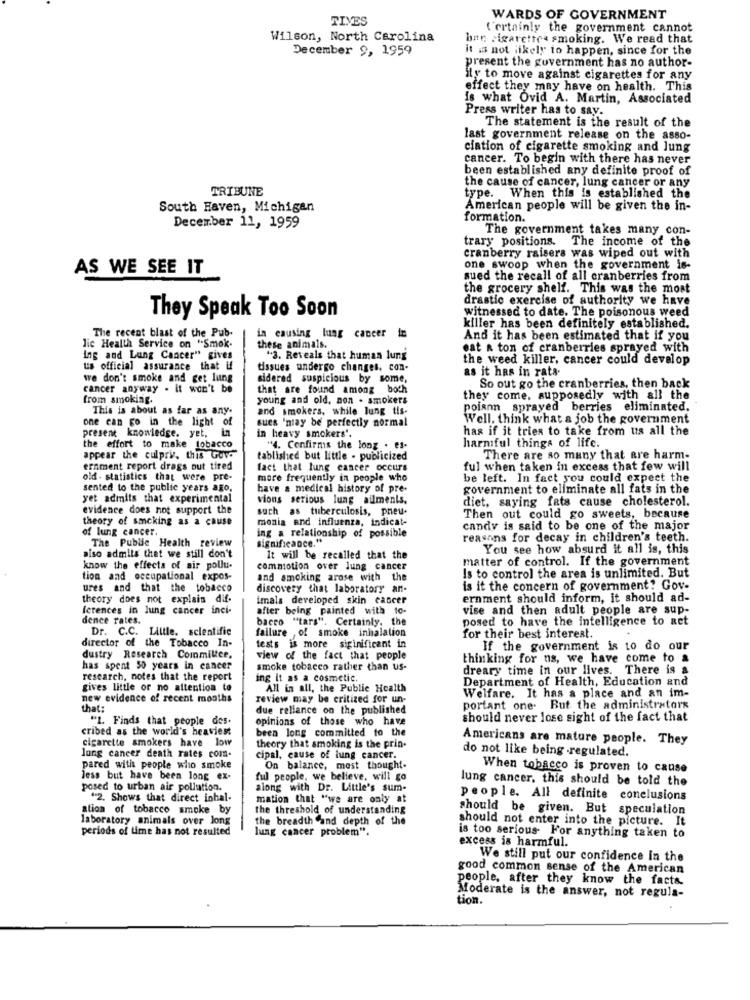
TIVES
WARDS OF GOVERNMENT
Certainly the government cannot
Wilson, North Carolina
bar cigarette smoking. We read that
December 9, 1959
it is not likely to happen, since for the
present the government has no author-
ity to move against cigarettes for any
effect they may have on health. This
is what Ovid A. Martin, Associated
Press writer has to say.
The statement is the result of the
last government release on the asso-
ciation of cigarette smoking and lung
cancer. To begin with there has never
been established any definite proof of
TRIBUNE
the cause of cancer, lung cancer or any
type. When this is established the
South Haven, Michigan
American people will be given the in-
formation.
December 11, 1959
The government takes many con-
trary positions. The income of the
cranberry raisers was wiped out with
AS WE SEE IT
one swoop when the government is-
sued the recall of all cranberries from
the grocery shelf. This was the most
drastic exercise of authority we have
witnessed to date. The poisonous weed
They Speak Too Soon
The recent blast of the Pub-
killer has been definitely established.
lic Health Service on "Smok-
in causing lung cancer in
And it has been estimated that if you
these animals.
eat a ton of cranberries sprayed with
ing and Lung Cancer" gives
"3. Reveals that human lung
the weed killer, cancer could develop
us official assurance that if
tissues undergo changes. con-
as it has in rata-
we don't smoke and get lung
sidered suspicious by some,
cancer anyway . it won't be
that are found among both
So out go the cranberries, then back
from smoking.
young and old, non . smokers
they come, supposedly with all the
This is about as far as any-
and smokers. while lung tis-
poiann sprayed berries eliminated.
one can go in the light of
sues 'may be perfectly normal
Well. think what a job the government
in heavy smokers'.
has if it tries to take from us all the
present knowledge. yet, in
harmful things of life.
the effort to make tobacco
"4. Confirms the long . es-
appear the culprit. this Gov.
tablished but little - publicized
There are so many that are harm-
ernment report drags out tired
fact that lung cancer occurs
ful when taken in excess that few will
old - statistics that were pre-
more frequently in people who
be left. In fact you could expect the
sented to the public years ago,
have a medical history of pre-
government to eliminate all fats in the
yet admits that experimental
vions serious lung ailments.
diet, saying fats cause cholesterol.
evidence does not support the
such as tuberculosis, pneu-
theory of smoking as a cause
monia and influenza, indicat-
Then out could go sweets, because
of lung cancer.
candy is said to be one of the major
ing a relationship of possible
significance."
reasons for decay in children's teeth.
The Public Health review
You see how absurd it all is, this
also admits that we still don't
It will be recalled that the
matter of control. If the government
know the effects of air pollu.
commotion over lung cancer
tion and occupational expos-
and smoking arose with the
Is to control the area is unlimited. But
ures and that the tobacco
discovery that laboratory an-
is it the concern of government? Gov-
theory does not explain dif-
imals developed skin cancer
ernment should inform, it should ad-
ferences in lung cancer inci-
after being painted with to.
vise and then adult people are sup-
dence rates.
bacro "tars". Certainly, the
posed to have the intelligence to aet
Dr. C.C. Little. scientific
failure of smoke inhalation
director of the Tobacco In-
for their best interest.
tests is more siginificant in
If the government is to do our
dustry Research Committee,
view of the fact that people
thinking for ns, we have come to a
has spent 50 years in cancer
smoke tobacco rather than us-
dreary time in our lives. There is &
research, notes that the report
ing it as a cosmetic.
Department of Health, Education and
gives little or no attention to
All in all, the Public Health
new evidence of recent months
review may be critized for un-
Welfare. It has a place and an im-
that
due reliance on the published
portant one. But the administrators
"1. Finds that people des.
opinions of those who have
should never lose sight of the fact that
cribed as the world's heaviest
been long committed to the
cigarette smokers have low
Americans are mature people. They
theory that smoking is the prin-
do not like being regulated.
lung cancer death rates com.
cipal, cause of lung cancer.
pared with people who smoke
On balance, mest thought-
When tobacco is proven to cause
Jess but have been long ex-
ful people, we believe, will go
lung cancer, this should be told the
posed to urban air pollution.
along with Dr. Little's sum-
"2. Shows that direct inhal-
mation that "we are only at
people. All definite conclusions
ation of tobacco smoke by
the threshold of understanding
should be given. But speculation
laboratory animals over long
the breadth and depth of the
should not enter into the picture. It
periods of time has not resulted
lung cancer problem".
is too serious For anything taken to
excess is harmful.
We still put our confidence In the
good common sense of the American
people, after they know the facts.
Moderate is the answer, not regula-
tion.